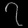
Digit: ၇